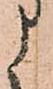
う